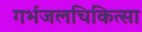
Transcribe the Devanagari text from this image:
गर्भजलचिकित्सा